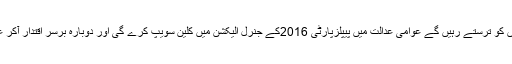
عوام کا استحصال کرنے والے ساری زندگی اقتداروں کو ترستے رہیں گے عوامی عدالت میں پیپلزپارٹی 2016کے جنرل الیکشن میں کلین سویپ کرے گی اور دوبارہ برسر اقتدار آکر عوامی فلاح وبہبود کے ایجنڈے کی تکمیل کرے گی۔